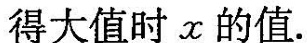
得大值时x的值。